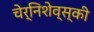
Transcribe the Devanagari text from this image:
चेर्निशेव्स्की